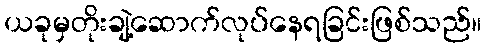
ယခုမှတိုးချဲ့ဆောက်လုပ်နေရခြင်းဖြစ်သည်။